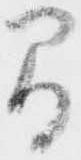
間